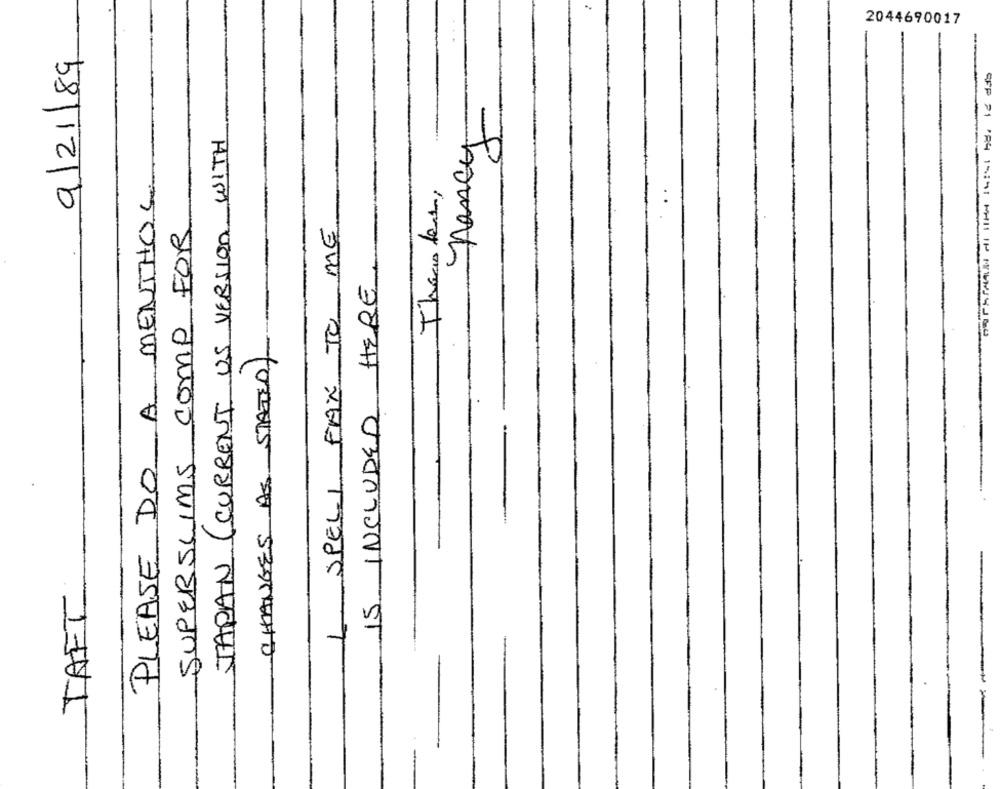
2044690017
9/21/89
-
-
nancy
JAPAN (CURRENT US VERSION WITH
PLEASE DO A MENTHOL.
..
There fore,
1. SPELI FAX TO ME
SUPERSLIMS COMP FOR
IS INCLUDED HERE.
CHANGES AS STATED)
TAFT